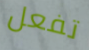
تفعل